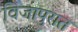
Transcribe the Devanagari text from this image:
विजापुरात